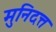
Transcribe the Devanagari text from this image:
मुनिदत्त